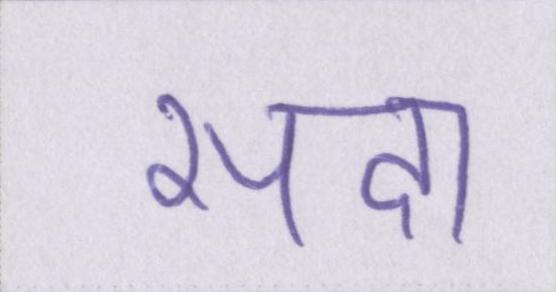
सदा